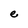
Character: e